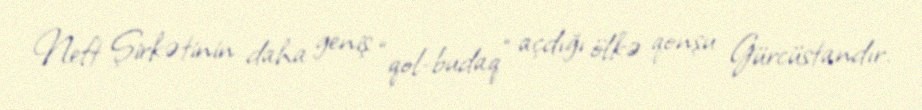
Neft Şirkətinin daha geniş “qol-budaq” açdığı ölkə qonşu Gürcüstandır.